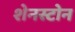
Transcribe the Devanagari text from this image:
शेनस्टोन